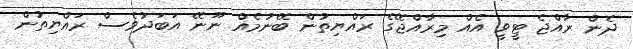
ދެން ރާއްޖެ ޓީވީ އެއް މިރާއްޖޭގެ ރައްޔިތުން ބޭނުމެއް ނޫނޭ އަބަދުވެސް ރައްޔިތުން